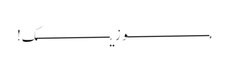
مـــــــــــــــــــوزیـــــــــــــــــک!